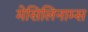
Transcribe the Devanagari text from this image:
मेसिलिनाम्स